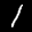
Label: 1